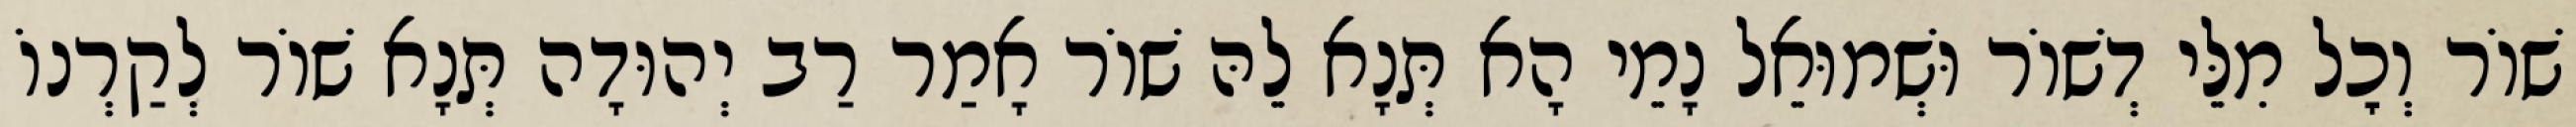
שׁוֹר וְכׇל מִלֵּי דְשׁוֹר וּשְׁמוּאֵל נָמֵי הָא תְּנָא לֵהּ שׁוֹר אָמַר רַב יְהוּדָה תְּנָא שׁוֹר לְקַרְנוֹ